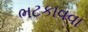
ભટકાવવા